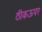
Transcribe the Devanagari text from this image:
ठीकऊपर